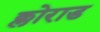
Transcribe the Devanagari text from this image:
क्लोराड